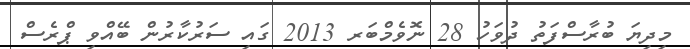
މިދިޔަ ބުރާސްފަތު ދުވަހު 28 ނޮވެމްބަރ 2013 ގައި ސަރުކާރުން ބޭއްވި ޕްރެސް